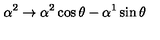
\alpha ^ { 2 } \rightarrow \alpha ^ { 2 } \cos \theta - \alpha ^ { 1 } \sin \theta